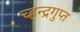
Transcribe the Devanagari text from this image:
च्हन्द्रगुप्त